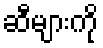
ဆီများကို